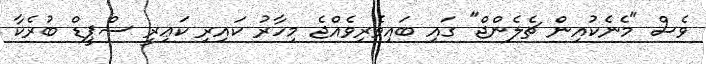
ވެސް "މެނެކުއިން ޗެލެންޖް" ގައި ބައިވެރިވެއްޖެ މިހާރު ކަައިރި ކަޢިރީ ސްޕީޑް ބުރެކާ